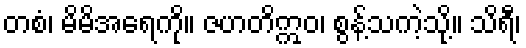
တစံ၊ မိမိအရေကို။ ဇဟတိဣဝ၊ စွန့်သကဲ့သို့။ သိရီ၊